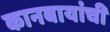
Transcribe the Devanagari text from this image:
कानबायांची